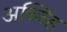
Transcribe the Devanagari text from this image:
अच्च्हि